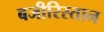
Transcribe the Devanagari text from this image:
बजीरिस्तान